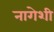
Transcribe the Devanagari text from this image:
नागेशी